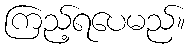
ကြည့်ရပေမည်။